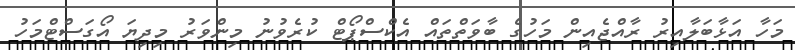
މަހާ އަޅާބަލާއިރު ރާއްޖެއިން މަހުގެ ބާވަތްތައް އެކްސްޕޯޓް ކުރެވުނު މިންވަރު މިދިޔަ އޯގަސްޓްމަހު